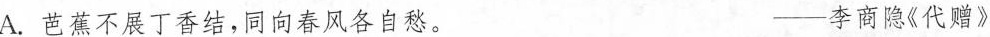
A.芭蕉不展丁香结，同向春风各自愁。 ——李商隐《代赠》